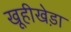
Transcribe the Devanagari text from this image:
खूहीखेड़ा